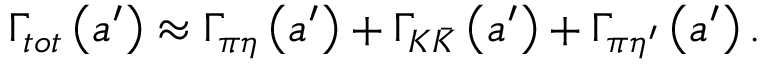
\Gamma _ { t o t } \left( a ^ { \prime } \right) \approx \Gamma _ { \pi \eta } \left( a ^ { \prime } \right) + \Gamma _ { K \bar { K } } \left( a ^ { \prime } \right) + \Gamma _ { \pi { \eta } ^ { \prime } } \left( a ^ { \prime } \right) .